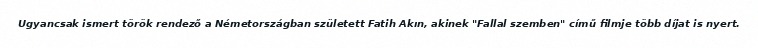
Ugyancsak ismert török rendező a Németországban született Fatih Akın, akinek "Fallal szemben" című filmje több díjat is nyert.